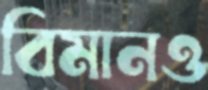
বিমানও